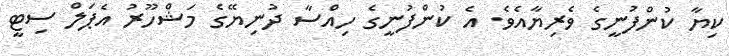
ކިޔާ ކުންފުނީގެ ވެރިޔާއެވެ. އެ ކުންފުނީގެ ހިއްސާ ދުނިޔޭގެ މަޝްހޫރު އެޕަލް ސިޓީ